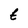
Character: t